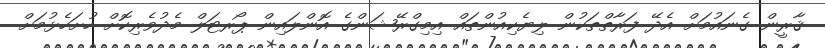
ޤާރީން ގެނައުމަށް އެދޭ ފަރާތްތަކުން ލިޔެކިއުންތައް އިމިގްރޭޝަންގެ އޮންލައިން ޕޯރޓަލް މެދުވެރިކޮށް ހުށަހެޅުމަށް